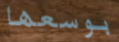
بوسعها